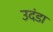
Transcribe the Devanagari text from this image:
उदंडा